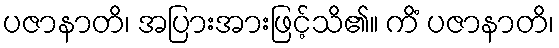
ပဇာနာတိ၊ အပြားအားဖြင့်သိ၏။ ကိံ ပဇာနာတိ၊